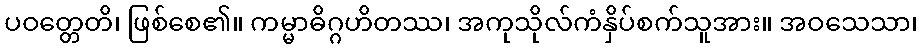
ပဝတ္တေတိ၊ ဖြစ်စေ၏။ ကမ္မာဓိဂ္ဂဟိတဿ၊ အကုသိုလ်ကံနှိပ်စက်သူအား။ အဝသေသာ၊